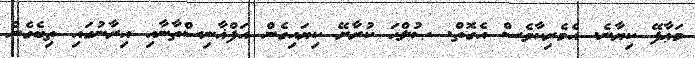
މަޢާފޭ ކިޔާނެ. އެމެރިކާވެސް އެގޮތް. ޞުލްޙަ ކުރާށޭ ކިޔައިގެން އަފްޣާނިސްތާނާއި އިރާނުގައި ތިބެގެން